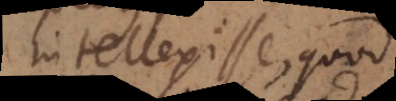
intellexisse, quod